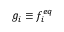
g _ { i } \equiv f _ { i } ^ { e q }